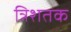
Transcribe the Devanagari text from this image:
त्रिशतक